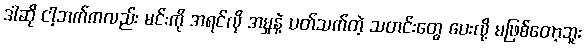
ဒါဆို ငါ့ဘက်ကလည်း မင်းကို အရင်လို အမှုနဲ့ ပတ်သက်တဲ့ သတင်းတွေ ပေးလို့ မဖြစ်တော့ဘူး